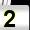
Digit: 2